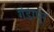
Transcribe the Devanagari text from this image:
गंडापूर